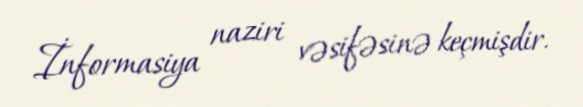
İnformasiya naziri vəsifəsinə keçmişdir.